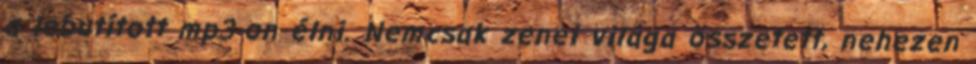
a lebutított mp3-on élni. Nemcsak zenei világa összetett, nehezen